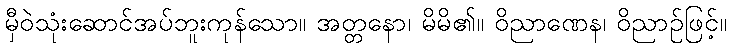
မှီဝဲသုံးဆောင်အပ်ဘူးကုန်သော။ အတ္တနော၊ မိမိ၏။ ဝိညာဏေန၊ ဝိညာဉ်ဖြင့်။